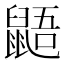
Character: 鼯